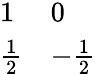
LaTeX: \begin{array}{ll}{{1}}&{{0}}\\ {{{\frac{1}{2}}}}&{{-{\frac{1}{2}}}}\end{array}